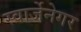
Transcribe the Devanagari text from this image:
स्वार्जेनेगर